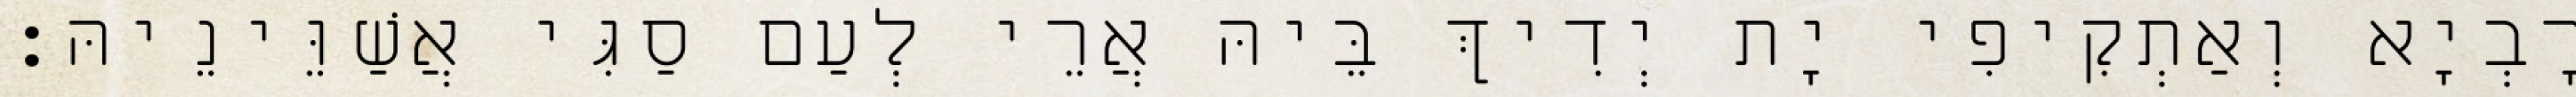
רָבְיָא וְאַתְקִיפִי יָת יְדִיךְ בֵּיהּ אֲרֵי לְעַם סַגִּי אֲשַׁוֵּינֵיהּ׃